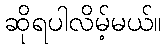
ဆိုရပါလိမ့်မယ်။